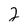
Character: 2